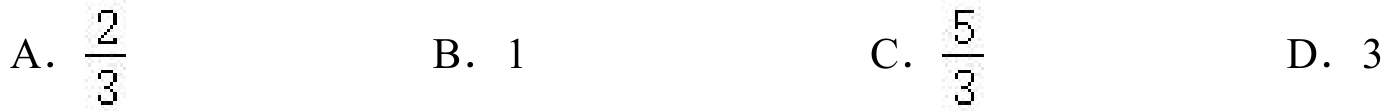
A. \(\frac{2}{3}\)  B. \(1\)  C. \(\frac{5}{3}\)  D. \(3\)